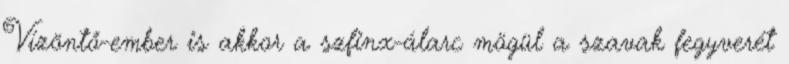
Vízöntő-ember is akkor a szfinx-álarc mögül a szavak fegyverét